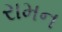
રામન